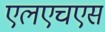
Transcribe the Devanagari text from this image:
एलएचएस